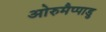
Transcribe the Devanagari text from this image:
ओरुमैप्पाडु